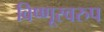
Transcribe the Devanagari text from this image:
विष्णूस्वरुप